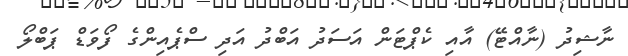
ނާޝިދު (ނާއްޓޭ) އާއި ކެޕްޓަން އަސަދު އަބްދު އަދި ސްޕެއިންގެ ފޯވަޑް ޕަބްލޯ